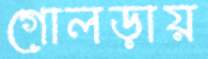
গোলড়ায়